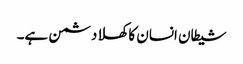
شیطان انسان کا کھلا دشمن ہے۔